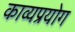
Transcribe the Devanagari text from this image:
काव्यप्रयोग